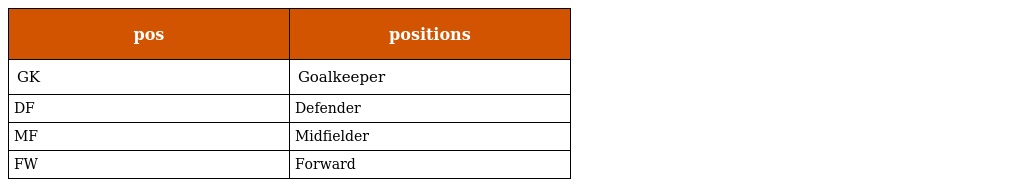
| pos | positions |
 | --- | --- |
 | GK | Goalkeeper |
 | DF | Defender |
 | MF | Midfielder |
 | FW | Forward |